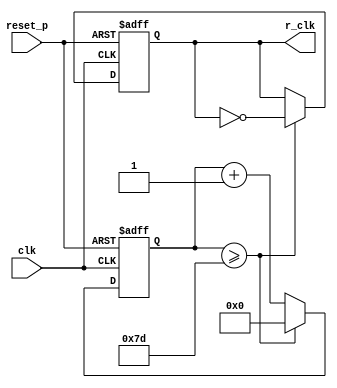
module clock_gen 
#(parameter sys_clk_freq = 100_000_000,
  parameter require_freq = 400_000)
(input clk,
 input reset_p,
 output reg r_clk);

reg [6:0]r_cnt;
always @(posedge clk, posedge reset_p) begin
    if(reset_p) begin
        r_cnt <= 0;
        r_clk <= 0;
    end
    else begin
        if(r_cnt >= sys_clk_freq/require_freq/2) begin
            r_cnt <= 0;
            r_clk <= ~r_clk;
        end
        else r_cnt <= r_cnt + 1;
    end
end
endmodule